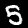
Digit: 5